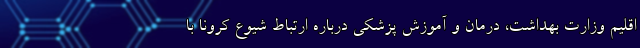
اقلیم وزارت بهداشت، درمان و آموزش پزشکی درباره ارتباط شیوع کرونا با